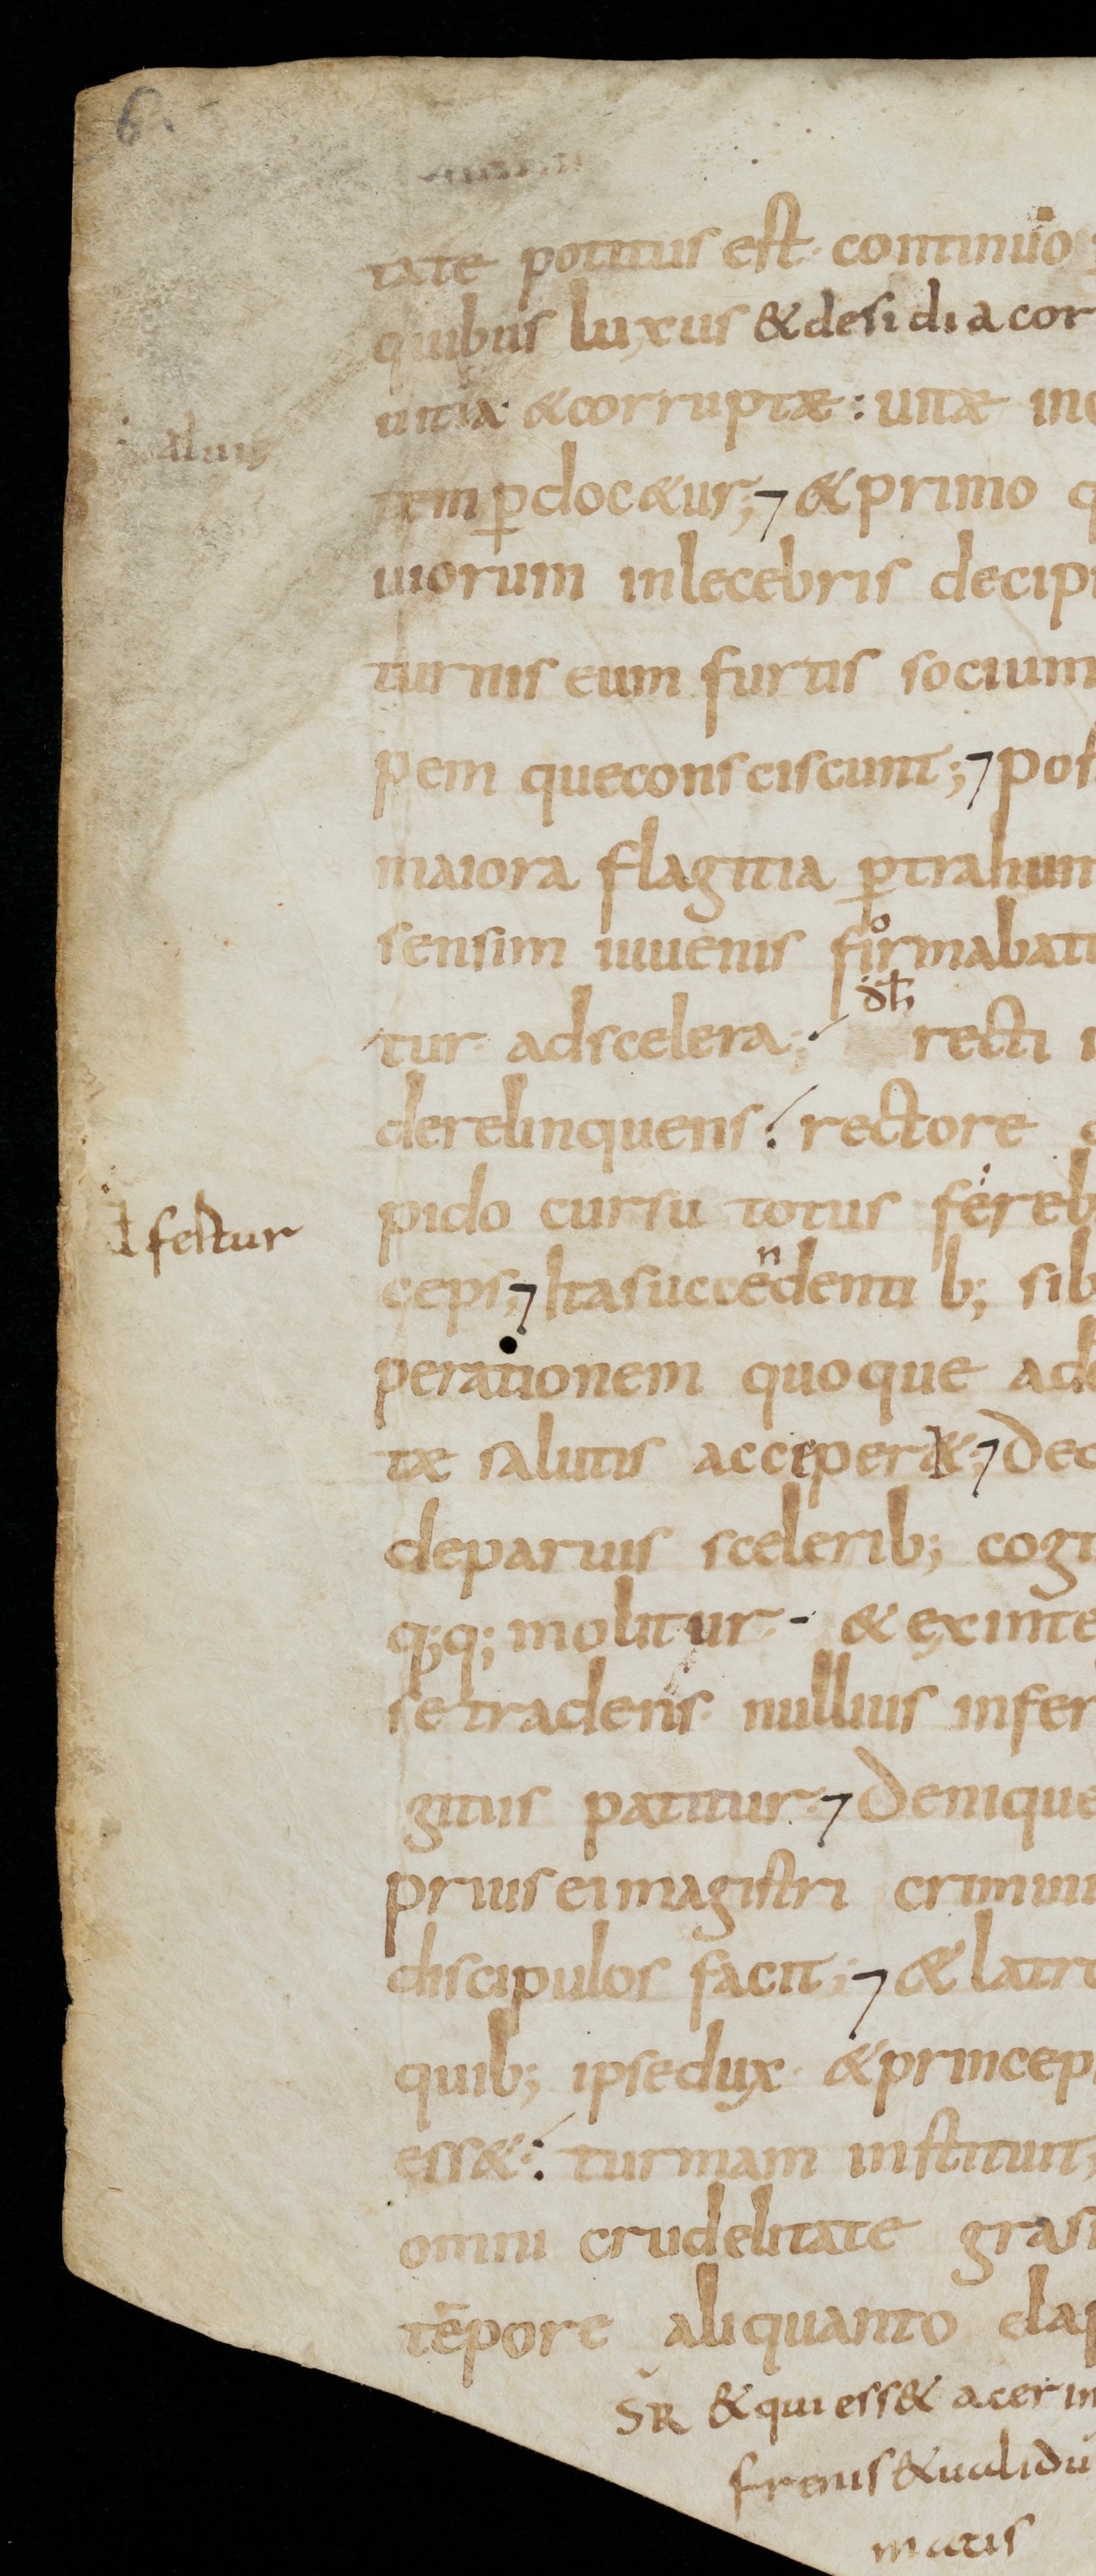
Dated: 800–899